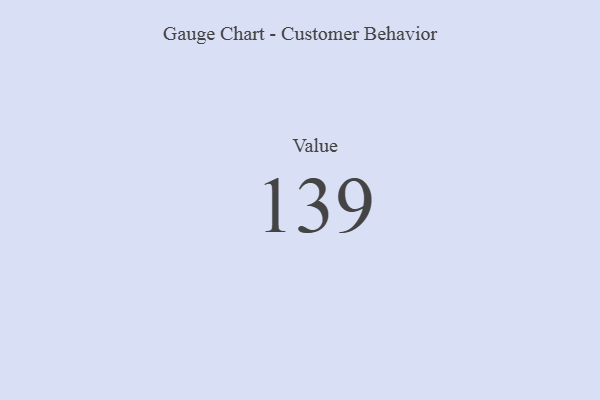
{"axis": {"x": "Metric", "y": "Value"}, "legend": [""], "data": [{"x": "Value", "y": 139, "type": ""}]}